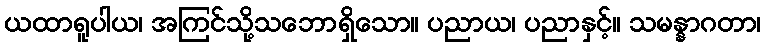
ယထာရူပါယ၊ အကြင်သို့သဘောရှိသော။ ပညာယ၊ ပညာနှင့်။ သမန္နာဂတာ၊